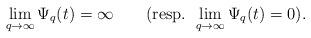
LaTeX: \begin{align*} \lim_{q\rightarrow\infty}\Psi_q(t)=\infty\qquad(\textrm{resp. }\lim_{q\rightarrow \infty} \Psi_q(t)=0).\end{align*}